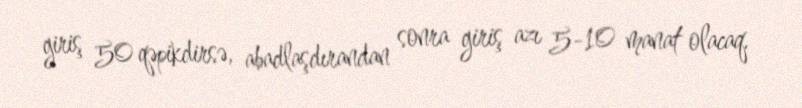
giriş 50 qəpikdirsə, abadlaşdırandan sonra giriş azı 5-10 manat olacaq.